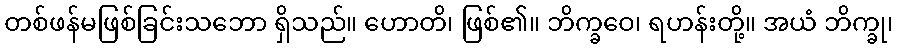
တစ်ဖန်မဖြစ်ခြင်းသဘော ရှိသည်။ ဟောတိ၊ ဖြစ်၏။ ဘိက္ခဝေ၊ ရဟန်းတို့။ အယံ ဘိက္ခု၊